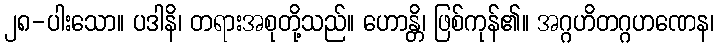
၂၈-ပါးသော။ ပဒါနိ၊ တရားအစုတို့သည်။ ဟောန္တိ၊ ဖြစ်ကုန်၏။ အဂ္ဂဟိတဂ္ဂဟဏေန၊